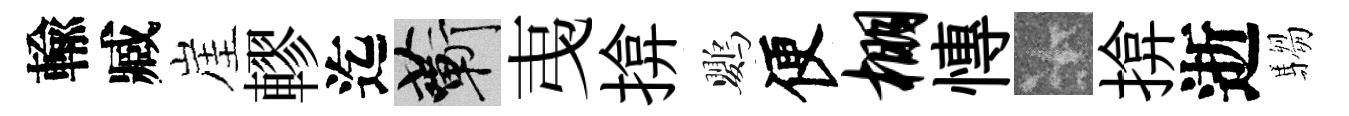
輸臧崖轇迄蔪𢎯揜鸚便棚慱卡揜逝騶